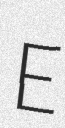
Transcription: E